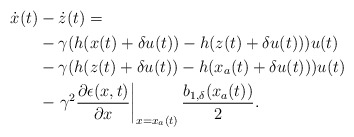
\begin{align*}\begin{aligned}\dot{x}(t)&-\dot{z}(t) =\\& -\gamma(h(x(t)+\delta u(t))-h(z(t)+\delta u(t)))u(t) \\&-\gamma(h(z(t)+\delta u(t))-h(x_a(t)+\delta u(t)))u(t)\\ &-\left.\gamma^2\dfrac{\partial\epsilon(x,t)}{\partial x}\right|_{x = x_a(t)} \dfrac{b_{1,\delta}(x_a(t))}{2}.\end{aligned}\end{align*}